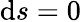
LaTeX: \mathrm{d}s=0